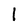
Character: 1